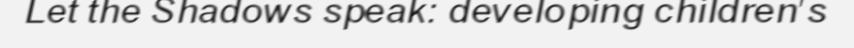
Let the Shadows speak: developing children's